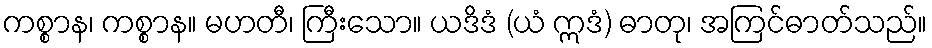
ကစ္စာန၊ ကစ္စာန။ မဟတီ၊ ကြီးသော။ ယဒိဒံ (ယံ ဣဒံ) ဓာတု၊ အကြင်ဓာတ်သည်။